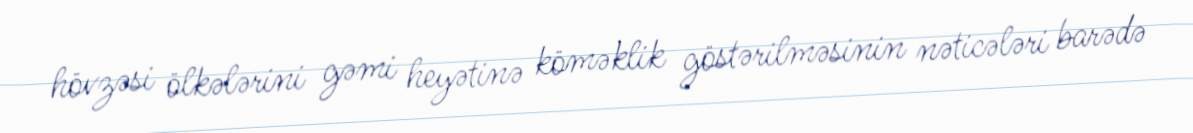
hövzəsi ölkələrini gəmi heyətinə köməklik göstərilməsinin nəticələri barədə